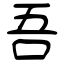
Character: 吾